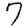
Digit: 7